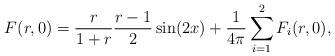
LaTeX: \begin{align*} F(r,0) = \frac{r}{1+r} \frac{r-1}{2} \sin(2x) + \frac{1}{4\pi}\sum_{i=1}^{2} F_{i}(r,0),\end{align*}